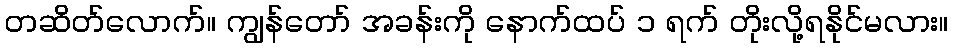
တဆိတ်လောက်။ ကျွန်တော် အခန်းကို နောက်ထပ် ၁ ရက် တိုးလို့ရနိုင်မလား။